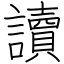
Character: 讀